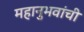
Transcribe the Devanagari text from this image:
महानुभवांची